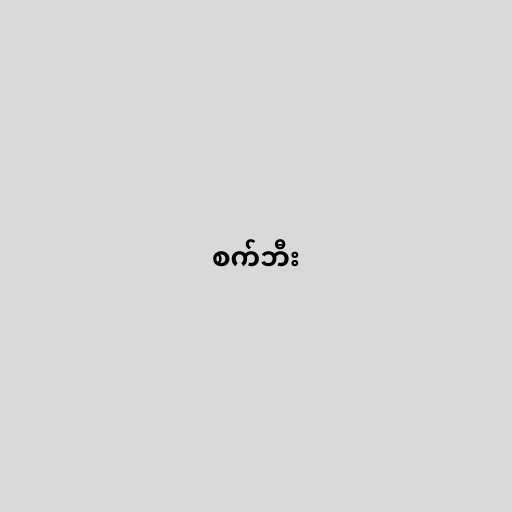
စက်ဘီး